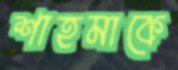
শাহমাকে